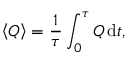
\left< Q \right> = { \frac { 1 } { \tau } } \int _ { 0 } ^ { \tau } Q \, \mathrm { d } t ,